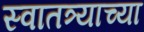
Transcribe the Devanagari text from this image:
स्वातत्र्याच्या